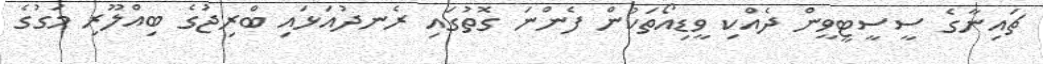
ޗައިނާގެ ސީސީޓީވީން ދެއްކި ވީޑިއޯތަކުން ފެންނަ ގޮތުގައި ރެނދުއަޅައި ބްރިޖުގެ ބިއްލޫރި މަގުގެ